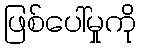
ဖြစ်ပေါ်မှုကို